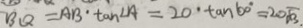
B Q = A B \cdot \tan \angle A = 2 0 \cdot \tan 6 0 ^ { \circ } = 2 0 \sqrt { 3 } .